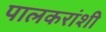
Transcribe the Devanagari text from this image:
पालकरांशी